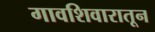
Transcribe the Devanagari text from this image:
गावशिवारातून